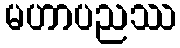
မဟာပညဿ